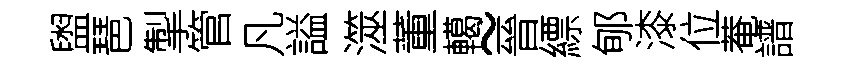
盥琶掣管凡謚澨董轕~晉縹郇漆位菴譜